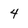
Character: 4